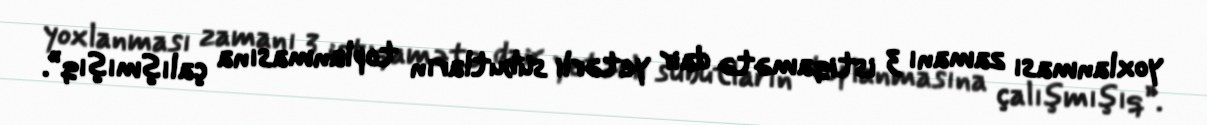
yoxlanması zamanı 3 istiqamətə dair yetərli sübutların toplanmasına çalışmışıq”.